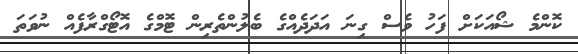
ކޮންމެ ޝޯއަކަށް ފަހު ވެސް ގިނަ އަދަދެއްގެ ބެލުންތެރިން ޓޮމްގެ އޮޓޯގްރާފެއް ނުވަތަ